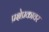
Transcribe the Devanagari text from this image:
प्रक्षेप्रकावर